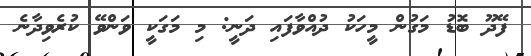
ފޭދޫ ބޮޑު މަގުން މީހަކު ދުއްވާފައި ދަނީ: މި މަގަކީ ވަންވޭ ކުރެވިދާނެ